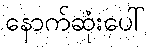
နောက်ဆုံးပေါ်